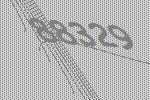
88329